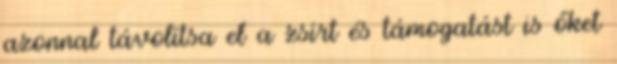
azonnal távolítsa el a zsírt és támogatást is őket